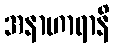
အနာဟာရာနိ